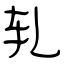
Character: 轧